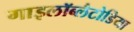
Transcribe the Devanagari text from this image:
गाइलॉब्लैटोडिया